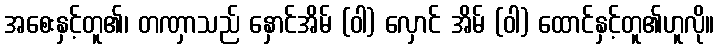
အစေးနှင့်တူ၏၊ တဏှာသည် နှောင်အိမ် (ဝါ) လှောင် အိမ် (ဝါ) ထောင်နှင့်တူ၏ဟူလို။